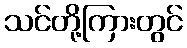
သင်တို့ကြားတွင်